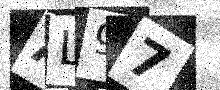
Text: AL97